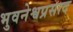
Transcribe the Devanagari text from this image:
भुवनेश्वप्रसाद